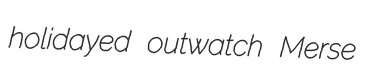
holidayed outwatch Merse